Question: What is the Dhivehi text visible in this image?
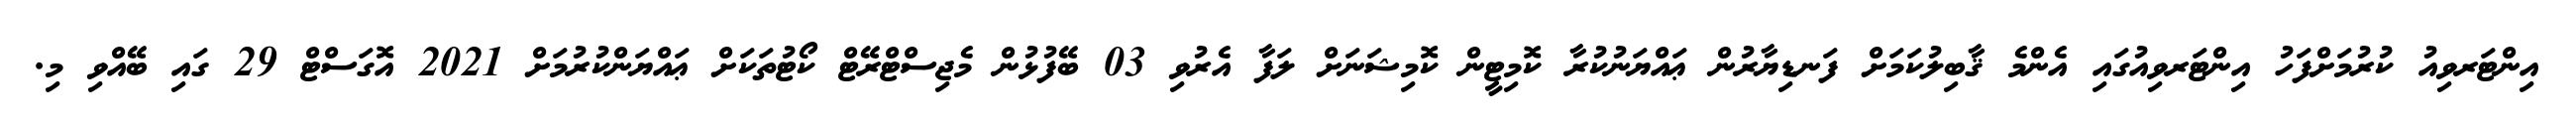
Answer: އިންޓަރވިއު ކުރުމަށްފަހު އިންޓަރވިއުގައި އެންމެ ޤާބިލުކަމަށް ފަނޑިޔާރުން ޢައްޔަނުކުރާ ކޮމިޓީން ކޮމިޝަނަށް ލަފާ އެރުވި 03 ބޭފުޅުން މެޖިސްޓްރޭޓް ކޯޓުތަކަށް ޢައްޔަންކުރުމަށް 2021 އޮގަސްޓް 29 ގައި ބޭއްވި މި.